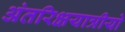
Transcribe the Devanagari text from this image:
अंतरिक्षयात्रीयो